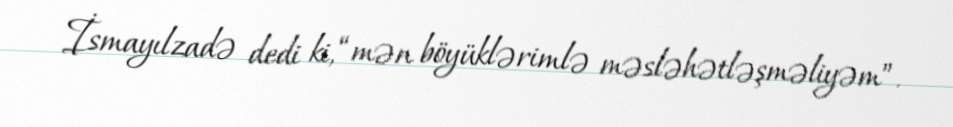
İsmayılzadə dedi ki, “mən böyüklərimlə məsləhətləşməliyəm”.